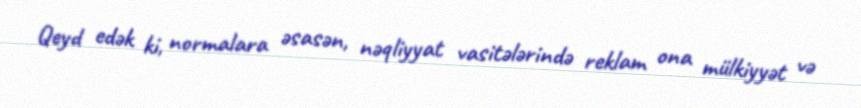
Qeyd edək ki, normalara əsasən, nəqliyyat vasitələrində reklam ona mülkiyyət və